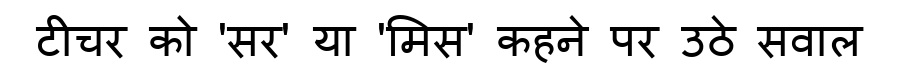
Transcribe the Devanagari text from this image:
टीचर को 'सर' या 'मिस' कहने पर उठे सवाल